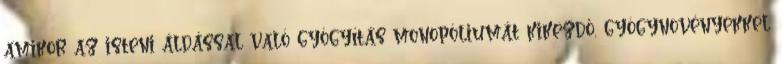
amikor az isteni áldással való gyógyítás monopóliumát kikezdő, gyógynövényekkel